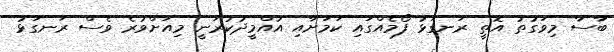
ބާސާ މިވަގުތު އޮތީ ރަނގަޅު ފޯމެއްގައި ކަމަށާއި އުއްމީދުކުރަނީ މިއަށްވުރެ ވެސް ރަނގަޅު